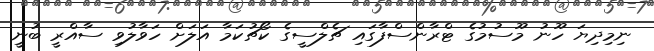
ނިމިދިޔަ ހޫނު މޫސުމުގެ ޓްރާންސްފާގައި ޗެލްސީގެ ކޯޗުކަމާ އަލަށް ހަވާލުވި ސާއްރީ ބުނީ